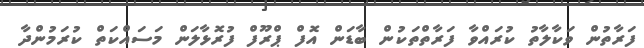
ފަރާތުން ވަކާލާތު ކުރައްވާ ފަރާތްތަކުން ބާޑަން އޮފް ޕްރޫފް ފުރޮޅާލަން މަސައްކަތް ކުރަމުންދާ